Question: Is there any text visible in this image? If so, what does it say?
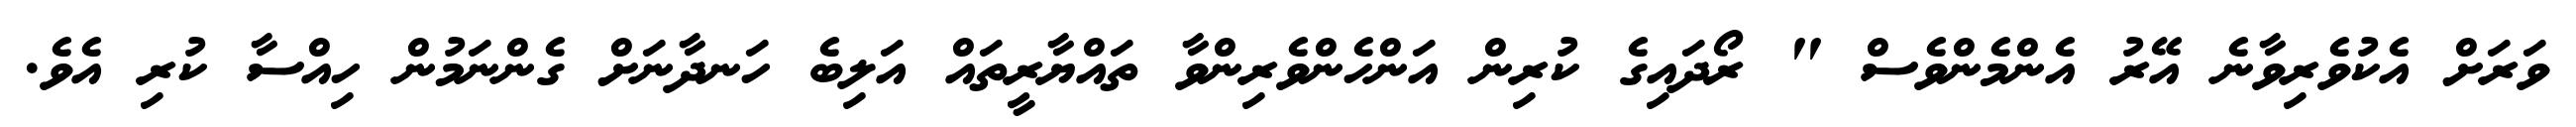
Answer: ވަރަށް އެކުވެރިވާނެ އޭރު އެންމެންވެސް " ރޯދައިގެ ކުރިން އަންހެންވެރިންވާ ތައްޔާރީތައް އަލިބެ ހަނދާނަށް ގެންނަމުން ހިއްސާ ކުރި އެވެ.